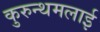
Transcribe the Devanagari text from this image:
कुरुन्थमलाई